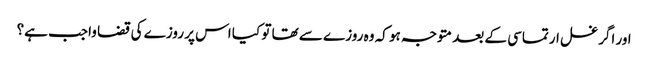
اور اگر غسل ارتماسی کے بعد متوجہ ہو کہ وہ روزے سے تھا تو کیا اس پر روزے کی قضا واجب ہے؟